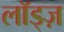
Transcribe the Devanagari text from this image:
लॉड्ज़